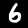
Digit: 6